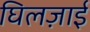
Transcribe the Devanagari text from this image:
घिलज़ाई